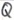
Text: Q